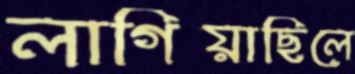
লাগিয়াছিলে